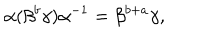
\alpha ( \beta ^ { b } \gamma ) \alpha ^ { - 1 } = \beta ^ { b + a } \gamma ,